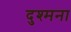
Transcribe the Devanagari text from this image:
दुश्मना